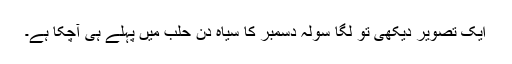
ایک تصویر دیکھی تو لگا سولہ دسمبر کا سیاہ دن حلب میں پہلے ہی آچکا ہے۔